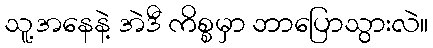
သူ့အနေနဲ့ အဲဒီ ကိစ္စမှာ ဘာပြောသွားလဲ။